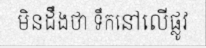
មិនដឹងថា ទឹកនៅលើផ្លូវ